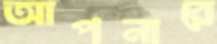
আপনারে